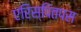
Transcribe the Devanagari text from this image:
एरिस्पितपस